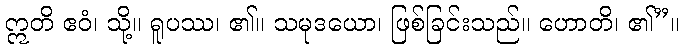
ဣတိ ဧဝံ၊ သို့။ ရူပဿ၊ ၏။ သမုဒယော၊ ဖြစ်ခြင်းသည်။ ဟောတိ၊ ၏”။